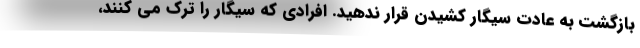
بازگشت به عادت سیگار کشیدن قرار ندهید. افرادی که سیگار را ترک می کنند،